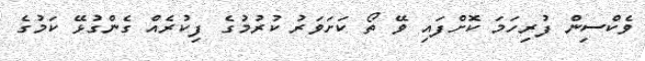
ވެކްސިން ފުރިހަމަ ކޮށްފައި ވޭ ތޯ ކަށަވަރު ކުރުމުގެ ފިކުރެއް ގެންގުޅޭ ކަމުގެ